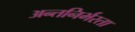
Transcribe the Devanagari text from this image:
अन्तनिर्भरता